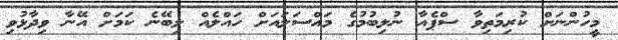
މީހުންނަށް ކުރިމަތިވާ ސްޕެއާ ނުލިބުމުގެ މައްސަލައަށް ހައްލެއް ލިބޭނެ ކަމަށް އޭނާ ވިދާޅުވި